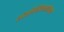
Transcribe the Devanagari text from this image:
संततिनियमनाविषयी